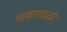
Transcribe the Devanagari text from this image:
माकपसाठी